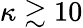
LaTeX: \kappa\gtrsim 10